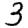
Digit: 3